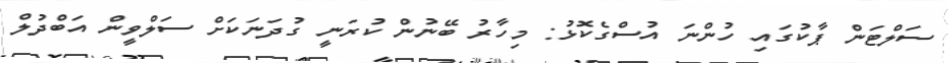
ސަލްޓަން ޕާކުގައި ހުންނަ އުސްގެކޮޅު: މިހާރު ބޭނުން ކުރަނީ ގުދަނަކަށް ސަލްވީން އަބްދުލް